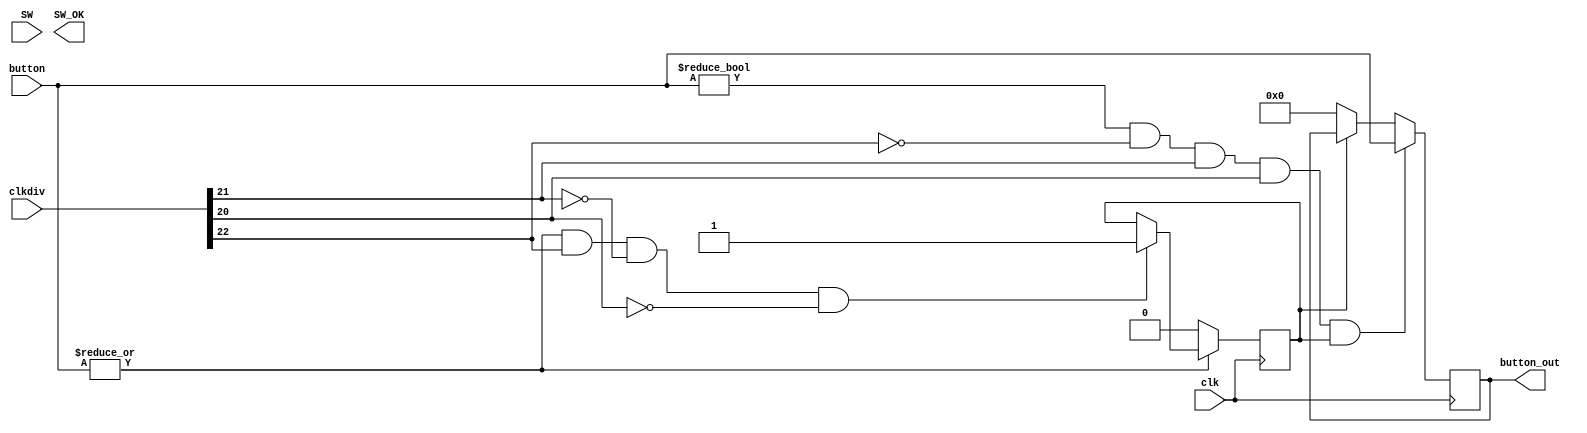
`timescale 1ns / 1ps
//////////////////////////////////////////////////////////////////////////////////
// Company: 
// Engineer: 
// 
// Design Name: 
// Module Name:    BTN_Anti 
// Project Name: 
// Target Devices: 
// Tool versions: 
// Description: 
//
// Dependencies: 
//
// Revision: 
// Revision 0.01 - File Created
// Additional Comments: 
//
//////////////////////////////////////////////////////////////////////////////////
module BTN_Anti (   input wire clk, // system clock
                    input wire [31:0] clkdiv, 
                    input wire [4:0] button, // button input
                    input wire [7:0] SW,  // switch input
                    output reg [4:0] button_out,  // button output
                    output reg [7:0] SW_OK );  // switch output

    parameter COUNTER=32;
    parameter num=22;
    
    reg [9:0] direct;
    reg keydirection;
    
    assign keybutton=|button;

    always@(posedge clk)
        if (!keybutton)begin
            keydirection<=0;
            direct[9:5]<=button;
        end
        else if(keybutton && clkdiv[num]&& clkdiv[num-1]==0 && clkdiv[num-2]==0)
            keydirection<=1;
    
    always@(negedge clk)
        if (button!=5'b00000 && clkdiv[num]==0 && clkdiv[num-1] && clkdiv[num-2] && keydirection==1)
        begin
            button_out<=button;
            direct[4:0]<=button;
        end
        else if(!keydirection)
            button_out<=0;

endmodule